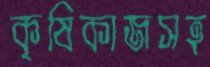
কৃষিকাজসহ